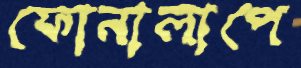
ফোনালাপে